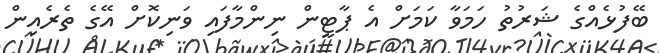
ބޭފުޅެއްގެ ޝަރުތު ހަމަވާ ކަމަށް އެ ޕާޓީން ނިންމާފައި ވަނިކޮށް އޭގެ ތެރެއިން